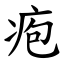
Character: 疱